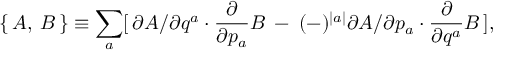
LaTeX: \{ \, A , \: B \, \} \equiv \sum _ { a } [ \, \partial A / \partial q ^ { a } \cdot \frac { \partial } { \partial p _ { a } } B \: - \: ( - ) ^ { \mid a \mid } \partial A / \partial p _ { a } \cdot \frac { \partial } { \partial q ^ { a } } B \, ] ,